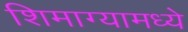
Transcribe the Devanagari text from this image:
शिमाग्यामध्ये